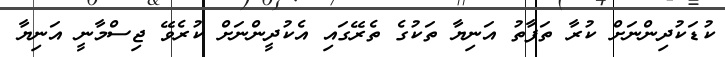
ކުޑަކުދިންނަށް ކުރާ ތަފާތު އަނިޔާ ތަކުގެ ތެރޭގައި އެކުދީންނަށް ކުރެވޭ ޖިސްމާނީ އަނިޔާ